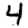
Digit: 4